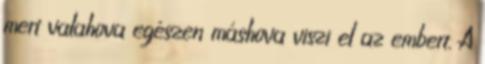
mert valahova egészen máshova viszi el az embert. A